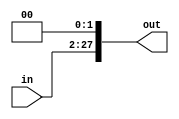
module sl(in,out);
input [25:0] in;
output[27:0] out;
assign out = in << 2;
endmodule